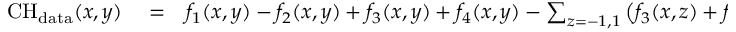
\begin{array} { r l r } { \mathrm { C H } _ { \mathrm { d a t a } } ( x , y ) } & { { } = } & { f _ { 1 } ( x , y ) - f _ { 2 } ( x , y ) + f _ { 3 } ( x , y ) + f _ { 4 } ( x , y ) - \sum _ { z = - 1 , 1 } \left( f _ { 3 } ( x , z ) + f _ { 3 } ( z , y ) \right) \; . } \end{array}